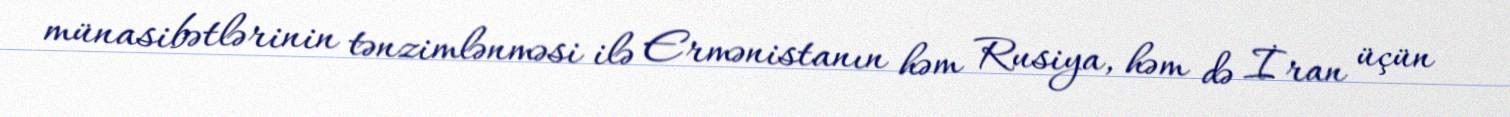
münasibətlərinin tənzimlənməsi ilə Ermənistanın həm Rusiya, həm də İran üçün